Annual report on the mental hospital in the Central Provinces and Berar (Nagpur) - 1927-1951
Year: 1927
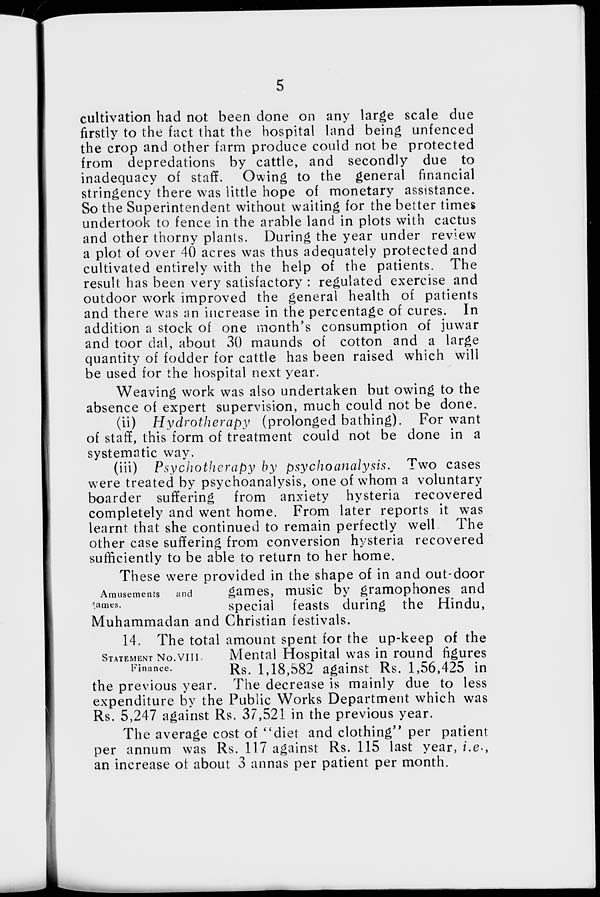
5
cultivation had not been done on any large scale due
firstly to the fact that the hospital land being unfenced
the crop and other farm produce could not be protected
from depredations by cattle, and secondly due to
inadequacy of staff. Owing to the general financial
stringency there was little hope of monetary assistance.
So the Superintendent without waiting for the better times
undertook to fence in the arable land in plots with cactus
and other thorny plants. During the year under review
a plot of over 40 acres was thus adequately protected and
cultivated entirely with the help of the patients. The
result has been very satisfactory : regulated exercise and
outdoor work improved the general health of patients
and there was an increase in the percentage of cures. In
addition a stock of one month's consumption of juwar
and toor dal, about 30 maunds of cotton and a large
quantity of fodder for cattle has been raised which will
be used for the hospital next year.
Weaving work was also undertaken but owing to the
absence of expert supervision, much could not be done.
(ii) Hydrotherapy
(prolonged bathing). For want
of staff, this form of treatment could not be done in a
systematic way.
(iii) Psychotherapy by psychoanalysis.
Two cases
were treated by psychoanalysis, one of whom a voluntary
boarder suffering from anxiety hysteria recovered
completely and went home. From later reports it was
learnt that she continued to remain perfectly well
The
other case suffering from conversion hysteria recovered
sufficiently to be able to return to her home.
Amusements
and
ames.
These were provided in the shape of in and out-door
games, music by gramophones and
special feasts during the Hindu,
Muhammadan and Christian festivals.
STATEMENT No.VIII.
Finance.
14. The total amount spent for the up-keep of the
Mental Hospital was in round figures
Rs. 1,18,582 against Rs. 1,56,425 in
the previous year. The decrease is mainly due to less
expenditure by the Public Works Department which was
Rs. 5,247 against Rs. 37,521 in the previous year.
The average cost of "diet and clothing" per patient
per annum was Rs. 117 against Rs. 115 last year, i.e.,
an increase of about 3 annas per patient per month.